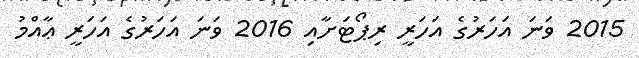
2015 ވަނަ އަހަރުގެ އަހަރީ ރިޕޯޓަށާއި 2016 ވަނަ އަހަރުގެ އަހަރީ ޢާއްމު